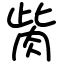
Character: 胔